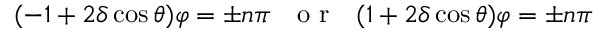
( - 1 + 2 \delta \cos { \theta } ) \varphi = \pm n \pi ~ ~ \textrm { o r } ~ ~ ( 1 + 2 \delta \cos { \theta } ) \varphi = \pm n \pi